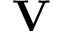
\mathbf { V }